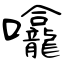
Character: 㘛